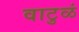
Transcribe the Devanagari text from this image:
वाटुळं